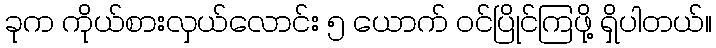
ခုက ကိုယ်စားလှယ်လောင်း ၅ ယောက် ဝင်ပြိုင်ကြဖို့ ရှိပါတယ်။